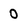
Character: 0